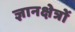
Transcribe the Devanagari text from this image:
ज्ञानक्षेत्रों